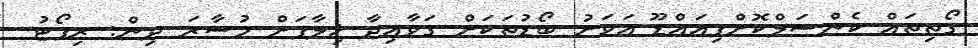
ގޯތިތައް ކެންސަލްކޮށްފިއައްޑޫ އަވަށު ބޯޑުތަކަށް ގަވާއިދާ ޚިލާފަށް މުސާރަ ދިން: ރިޕޯޓު